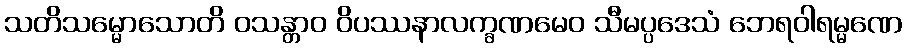
သတိသမ္မောသောတိ ဝသန္တာဝ ဝိပဿနာလက္ခဏမေဝ သီမပ္ပဒေသံ ဘေရဝါရမ္မဏေ